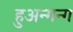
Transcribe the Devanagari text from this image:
हुअन्गन्ग